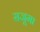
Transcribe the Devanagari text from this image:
सजूमा